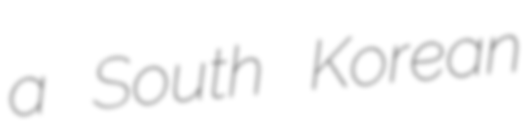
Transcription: a South Korean